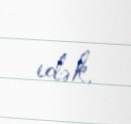
edək.